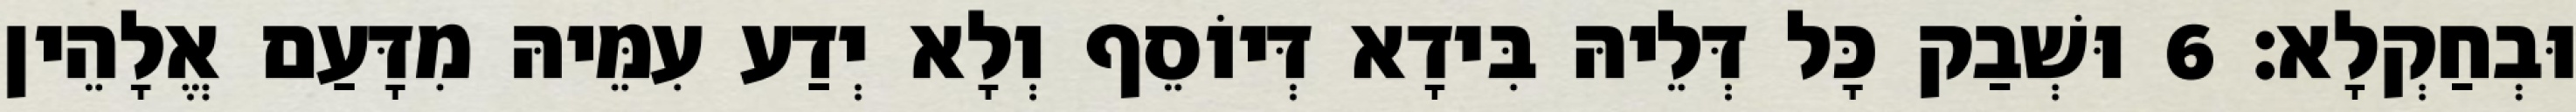
וּבְחַקְלָא׃ 6 וּשְׁבַק כָּל דְּלֵיהּ בִּידָא דְּיוֹסֵף וְלָא יְדַע עִמֵּיהּ מִדָּעַם אֱלָהֵין